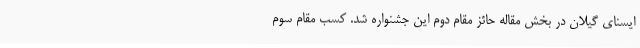
ایسنای گیلان در بخش مقاله حائز مقام دوم این جشنواره شد. کسب مقام سوم